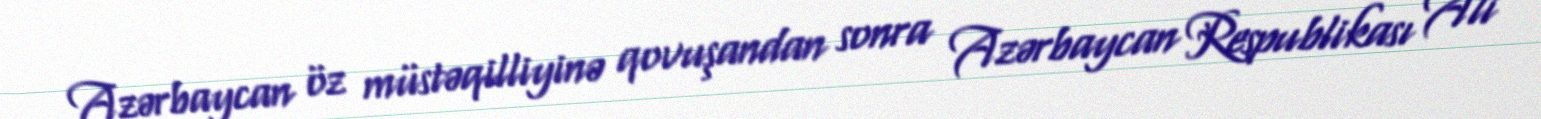
Azərbaycan öz müstəqilliyinə qovuşandan sonra Azərbaycan Respublikası Ali